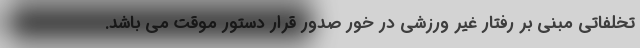
تخلفاتی مبنی بر رفتار غیر ورزشی در خور صدور قرار دستور موقت می باشد.